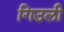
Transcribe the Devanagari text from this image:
गिउली